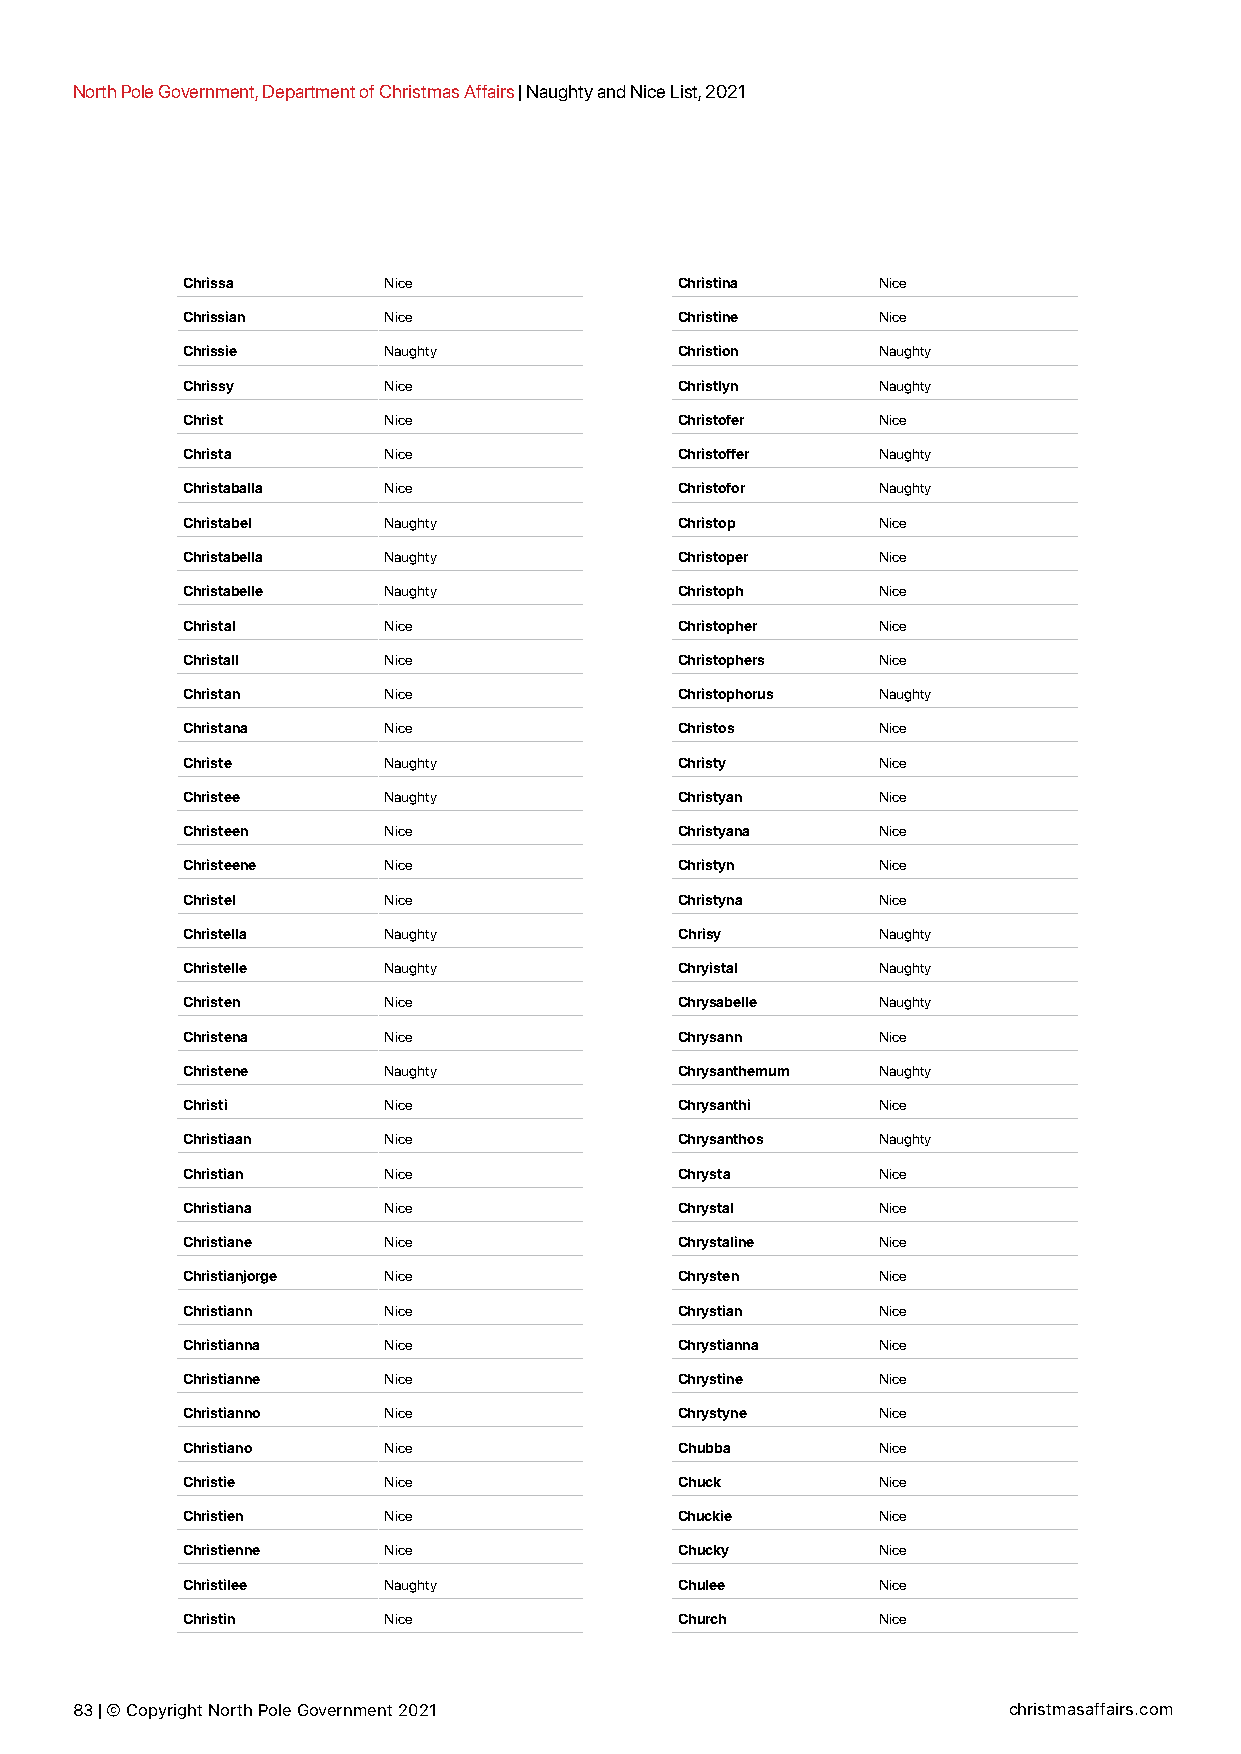
North Pole Government, Department of Christmas Affairs | Naughty and Nice List, 2021
 Chrissa      Nice                Christina    Nice
 Chrissian    Nice                Christine    Nice
 Chrissie     Naughty             Christion    Naughty
 Chrissy      Nice                Christlyn    Naughty
 Christ       Nice                Christofer   Nice
 Christa      Nice                Christoffer  Naughty
 Christaballa Nice                Christofor   Naughty
 Christabel   Naughty             Christop     Nice
 Christabella Naughty             Christoper   Nice
 Christabelle Naughty             Christoph    Nice
 Christal     Nice                Christopher  Nice
 Christall    Nice                Christophers Nice
 Christan     Nice                Christophorus Naughty
 Christana    Nice                Christos     Nice
 Christe      Naughty             Christy      Nice
 Christee     Naughty             Christyan    Nice
 Christeen    Nice                Christyana   Nice
 Christeene   Nice                Christyn     Nice
 Christel     Nice                Christyna    Nice
 Christella   Naughty             Chrisy       Naughty
 Christelle   Naughty             Chryistal    Naughty
 Christen     Nice                Chrysabelle  Naughty
 Christena    Nice                Chrysann     Nice
 Christene    Naughty             Chrysanthemum Naughty
 Christi      Nice                Chrysanthi   Nice
 Christiaan   Nice                Chrysanthos  Naughty
 Christian    Nice                Chrysta      Nice
 Christiana   Nice                Chrystal     Nice
 Christiane   Nice                Chrystaline  Nice
 Christianjorge Nice              Chrysten     Nice
 Christiann   Nice                Chrystian    Nice
 Christianna  Nice                Chrystianna  Nice
 Christianne  Nice                Chrystine    Nice
 Christianno  Nice                Chrystyne    Nice
 Christiano   Nice                Chubba       Nice
 Christie     Nice                Chuck        Nice
 Christien    Nice                Chuckie      Nice
 Christienne  Nice                Chucky       Nice
 Christilee   Naughty             Chulee       Nice
 Christin     Nice                Church       Nice
 83 | © Copyright North Pole Government 2021                   christmasaffairs.com